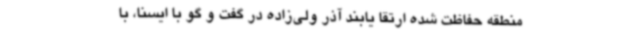
منطقه حفاظت شده ارتقا یابند آذر ولی‌زاده در گفت و گو با ایسنا، با